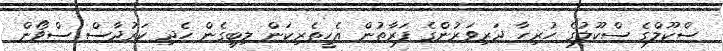
ސްކޫލްގެ ސްކޫލުގެ ހުރިހާ ދަރިވަރުންގެ ފަރާތުން އެހީތެރިކަން ލިބިގެން ހެދި ކަރުދާސް ސްވޯން